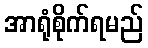
အာရုံစိုက်ရမည်